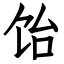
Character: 饴